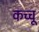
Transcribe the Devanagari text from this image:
कच्चू